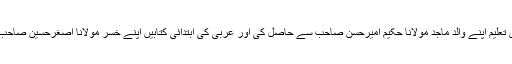
ابتدائی بنیادی تعلیم اپنے والد ماجد مولانا حکیم امیرحسن صاحب سے حاصل کی اور عربی کی ابتدائی کتابیں اپنے خسر مولانا اصغرحسین صاحب سے پڑھیں۔